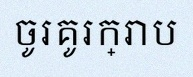
ចូរគូរក្រាប